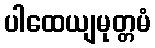
ပါထေယျမုတ္တမံ